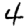
Digit: 4